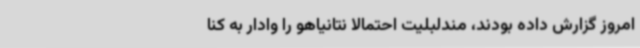
امروز گزارش داده بودند، مندلبلیت احتمالا نتانیاهو را وادار به کنا